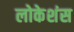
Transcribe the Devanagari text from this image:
लोकेशंस